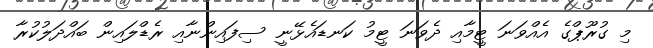
މި ގުރޫޕްގެ އެއްވަނަ ޓީމާއި ދެވަނަ ޓީމު ކަނޑައެޅޭނީ ސިފައިންނާއި ރެޑްލައިން ބައްދަލުކުރާ